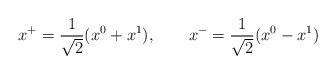
LaTeX: \begin{align*}x^{+}=\frac{1}{\sqrt{2}}(x^{0}+x^{1}),\qquad x^{-}=\frac{1}{\sqrt{2}}(x^{0}-x^{1}) \end{align*}